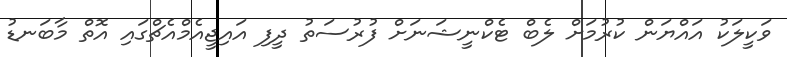
ވަކީލަކު އައްޔަން ކުރުމަށް ލެބް ޓެކްނީޝަނަށް ފުރުސަތު ދީފި އައިޖީއެމްއެޗްގައި އޮތް މާބަނޑު